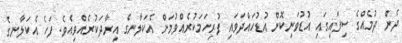
ދެން ދުމެއްގެ ސިފައިގައި އުޑުވަނިކޮށް އުޑުހައްދަވައި ފުރިހަމަކުރެއްވުމަށް އެކަލާނގެ އިރާދަކުރެއްވިއެވެ. ފަހެ އެކަލާނގެ